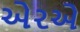
એરએ